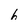
Character: 6